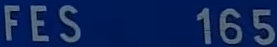
FES165